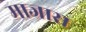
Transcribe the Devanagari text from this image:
माजास